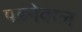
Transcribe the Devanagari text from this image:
पडनेवाल